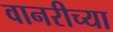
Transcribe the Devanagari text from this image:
वानरीच्या